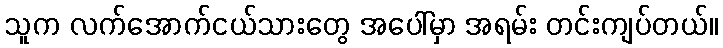
သူက လက်အောက်ငယ်သားတွေ အပေါ်မှာ အရမ်း တင်းကျပ်တယ်။